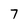
Character: 7